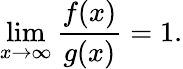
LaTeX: \operatorname*{lim}_{x\to\infty}{\frac{f(x)}{g(x)}}=1.